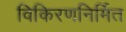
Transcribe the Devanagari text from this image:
विकिरणनिर्मित